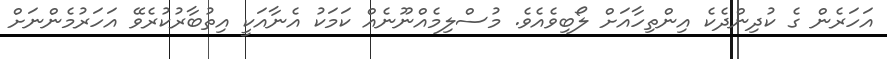
އަހަރެން ގެ ކުދިންދެކެ އިންތިހާއަށް ލޯބިވެއެވެ. މުސްލިމެއްނޫނެއް ކަމަކު އެނާއަކީ އިތުބާރުކުރެވޭ އަހަރުމެންނަށް